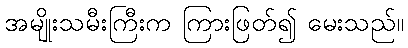
အမျိုးသမီးကြီးက ကြားဖြတ်၍ မေးသည်။